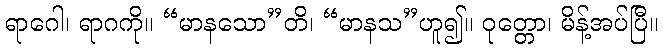
ရာဂေါ၊ ရာဂကို။ “မာနသော”တိ၊ “မာနသ”ဟူ၍။ ဝုတ္တော၊ မိန့်အပ်ပြီ။